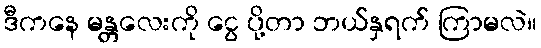
ဒီကနေ မန္တလေးကို ငွေ ပို့တာ ဘယ်နှရက် ကြာမလဲ။